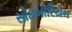
સોઇબીરિયન